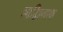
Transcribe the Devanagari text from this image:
ऋद्धिनाथ